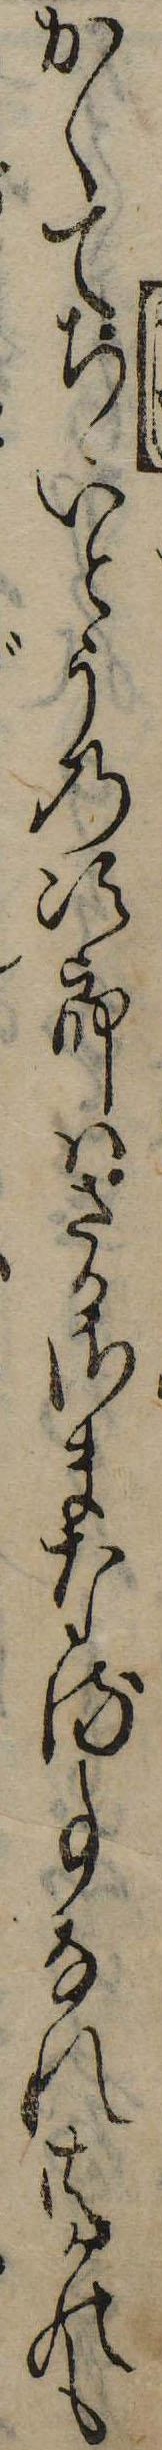
かくてちゝいとうの次郎はさかさまなる事なれ共かのも